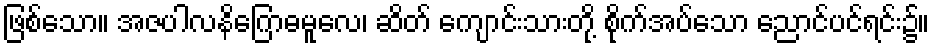
ဖြစ်သော။ အဇပါလနိဂြောဓမူလေ၊ ဆိတ် ကျောင်းသားတို့ စိုက်အပ်သော ညောင်ပင်ရင်း၌။